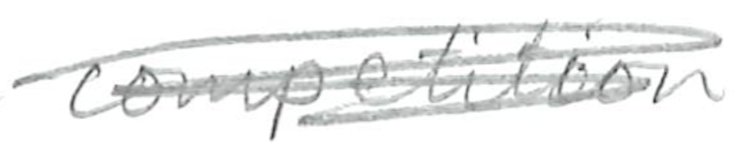
Text: competition
Cross-out: scratch
Writing tool: pencil